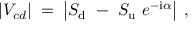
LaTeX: | V _ { c d } | \; = \; \left| S _ { \mathrm { d } } ~ - ~ S _ { \mathrm { u } } ~ e ^ { - \mathrm { i } \alpha } \right| \; ,